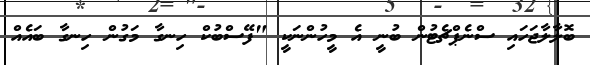
ބޮލާލާޖަހައި ސްނެޕްޗެޓުން ބުނީ އެ މީހުންނަކީ "ފޭސްބުކް ހިނގާ މަގުން ހިނގާ ބައެއް